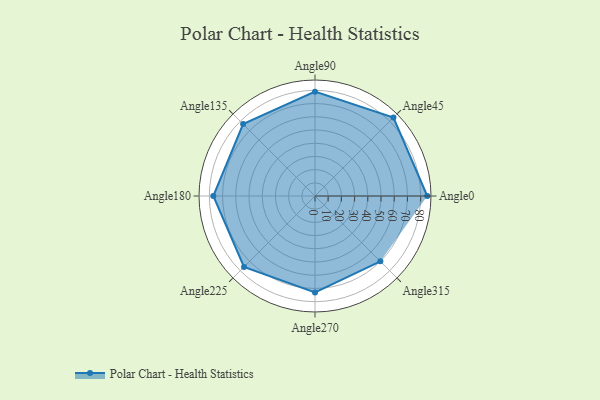
{"axis": {"x": "Angle", "y": "Radius"}, "legend": [""], "data": [{"x": "Angle0", "y": 85.0, "type": ""}, {"x": "Angle45", "y": 84.0, "type": ""}, {"x": "Angle90", "y": 79.0, "type": ""}, {"x": "Angle135", "y": 77.0, "type": ""}, {"x": "Angle180", "y": 77.0, "type": ""}, {"x": "Angle225", "y": 76.0, "type": ""}, {"x": "Angle270", "y": 73.0, "type": ""}, {"x": "Angle315", "y": 70.0, "type": ""}]}